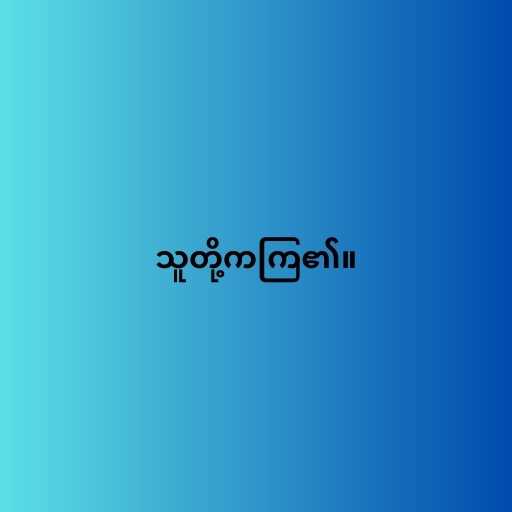
သူတို့ကကြ၏။